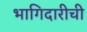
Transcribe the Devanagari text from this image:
भागिदारीची